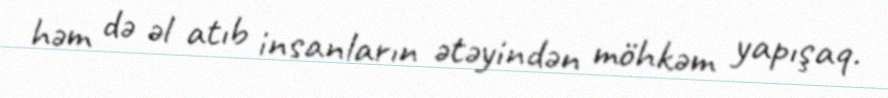
həm də əl atıb insanların ətəyindən möhkəm yapışaq.